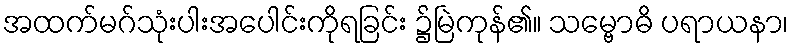
အထက်မဂ်သုံးပါးအပေါင်းကိုရခြင်း ၌မြဲကုန်၏။ သမ္ဗောဓိ ပရာယနာ၊